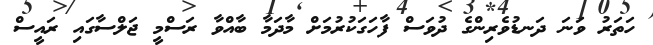
ހަތަރު ވަނަ ދަނޑުވެރިންގެ ދުވަސް ފާހަގަކުރުމަށް މާދަމާ ބާއްވާ ރަސްމީ ޖަލްސާގައި ރައީސް